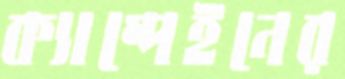
ক্যাম্পেইনের